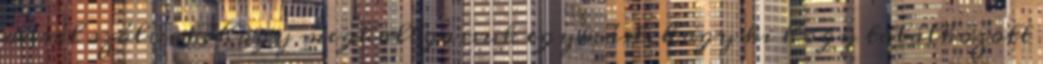
arról szólnak, hogy meghallgassuk egymást, hogy ki hogy találkozott